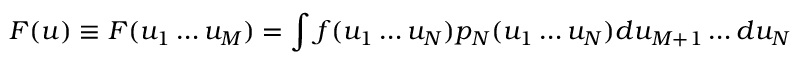
F ( u ) \equiv F ( u _ { 1 } \dots u _ { M } ) = \int f ( u _ { 1 } \dots u _ { N } ) p _ { N } ( u _ { 1 } \dots u _ { N } ) d u _ { M + 1 } \dots d u _ { N }